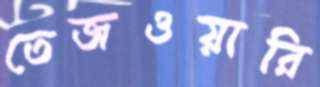
তেজওয়ারি